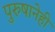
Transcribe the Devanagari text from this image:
पुरुषानेही